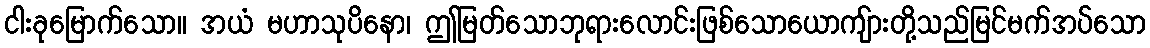
ငါးခုမြောက်သော။ အယံ မဟာသုပိနော၊ ဤမြတ်သောဘုရားလောင်းဖြစ်သောယောကျ်ားတို့သည်မြင်မက်အပ်သော